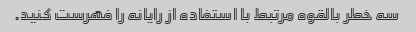
سه خطر بالقوه مرتبط با استفاده از رایانه را فهرست کنید.